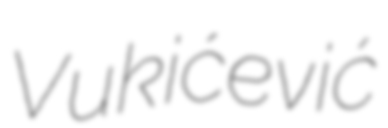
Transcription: Vukićević